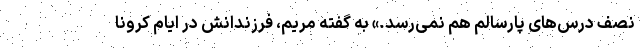
نصف درس‌های پارسالم هم نمی‌رسد.» به گفته مریم، فرزندانش در ایام کرونا